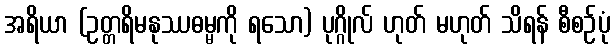
အရိယာ (ဥတ္တရိမနုဿဓမ္မကို ရသော) ပုဂ္ဂိုလ် ဟုတ် မဟုတ် သိရန် စီစဉ်ပုံ